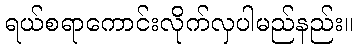
ရယ်စရာကောင်းလိုက်လှပါမည်နည်း။